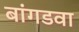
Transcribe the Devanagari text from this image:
बांगडवा